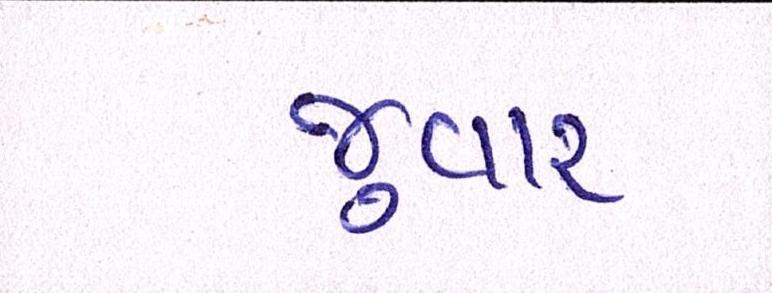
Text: જુવાર